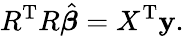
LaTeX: R^{\mathrm{{T}}}R{\hat{\boldsymbol{\beta}}}=X^{\mathrm{{T}}}\mathbf{y}.